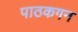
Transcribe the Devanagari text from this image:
पाठकगन